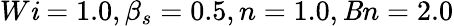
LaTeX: W\mathit{i}=1.0,\beta_{s}=0.5,n=1.0,\mathit{B}n=2.0